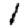
Digit: 1